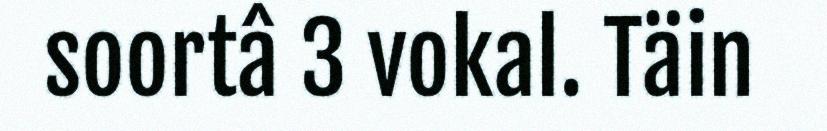
soortâ 3 vokal. Täin